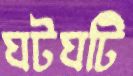
ঘটঘটি